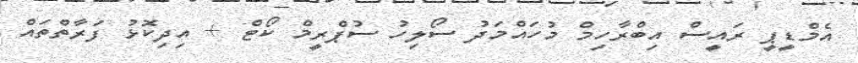
އެމްޑީޕީ ރައީސް އިބްރާހިމް މުހައްމަދު ސޯލިހު ސުޕްރީމް ކޯޓް + އިދިކޮޅު ފަރާތްތައް